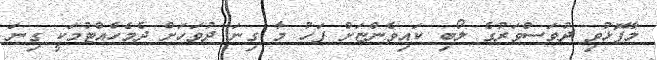
މާފޮޅުވި ދުވަސްވަރުގެ ލޯބި ކައިވެންޏަށް ފަހު މާ ގިނަ ދުވަހަށް ދެމެހެއްޓުމަކީ ގިނަ